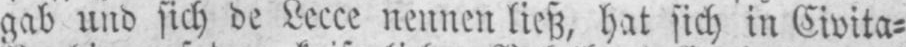
gab und sich de Lecce nennen ließ, hat sich in Civita⸗